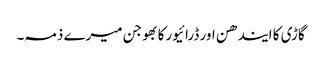
گاڑی کا ایندھن اور ڈرائیورکا بھوجن میرے ذمہ۔